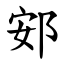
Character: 䢿